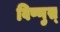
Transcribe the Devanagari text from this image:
विष्णुस्